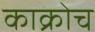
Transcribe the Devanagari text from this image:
काक्रोच